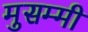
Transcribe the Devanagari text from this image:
मुसम्मी